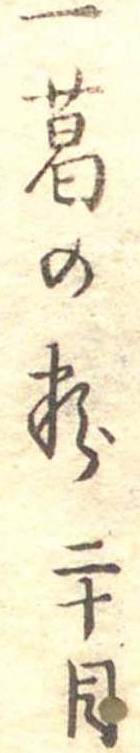
一葛の粉二十目